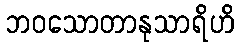
ဘဝသောတာနုသာရိဟိ